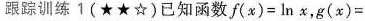
跟踪训练1(★★☆)已知函数f(x)=ln x，g(x)=